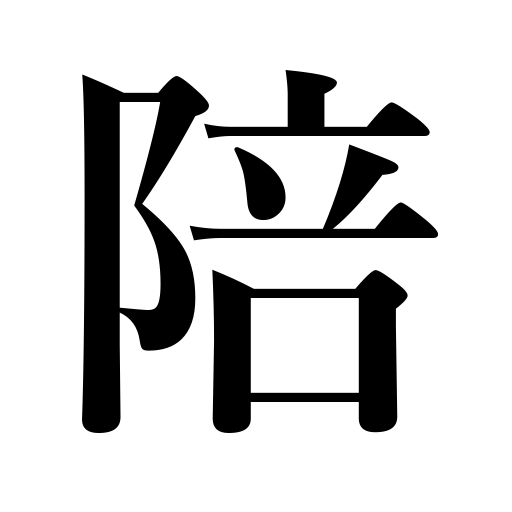
Meanings: accompany,attend on,follow